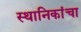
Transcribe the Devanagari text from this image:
स्थानिकांचा